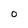
Character: O